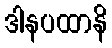
ဒါနပထာနိ